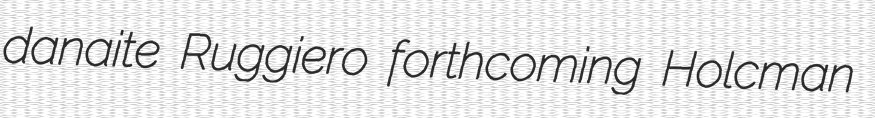
danaite Ruggiero forthcoming Holcman